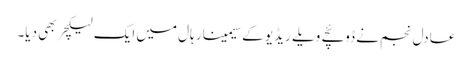
عادل نجم نے ڈوئچے ویلے ریڈیو کے سیمینار ہال میں ایک لیکچر بھی دیا۔